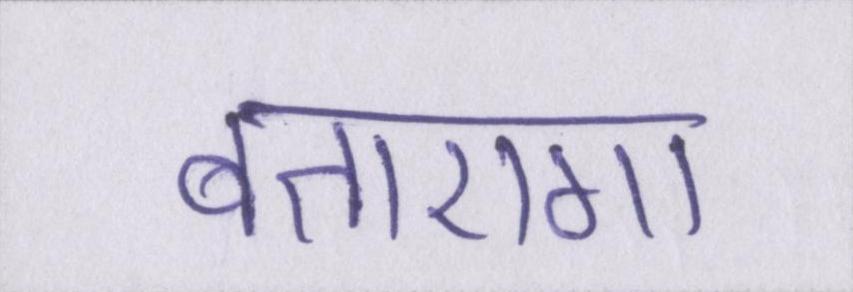
बताएगा